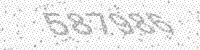
Solution: 587986